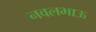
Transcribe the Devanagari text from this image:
नवलभाऊ